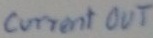
Text: current out